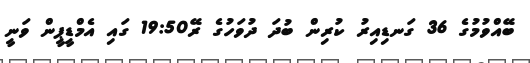
ބޭއްވުމުގެ 36 ގަނޑިއިރު ކުރިން ބުދަ ދުވަހުގެ ރޭ19:50 ގައި އެމްޑީޕީން ވަނީ